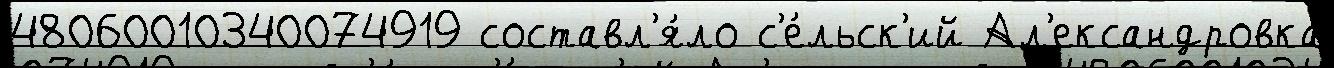
48060010340074919 составл'я́ло с'е́льск'ий Ал'ександровка